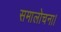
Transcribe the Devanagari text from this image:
समालोचना।